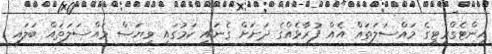
އިންޓެގްރިޓީގެ މައްސަލަތައް އެއް ފުރާޅެއްގެ ދަށަށް ގެނައި ކަމުގައި ވިޔަސް މައްސަލަތައް ބަލައި